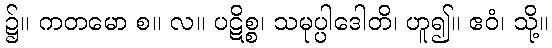
၌။ ကတမော စ။ လ။ ပဋိစ္စ၊ သမုပ္ပါဒေါတိ၊ ဟူ၍။ ဧဝံ၊ သို့။